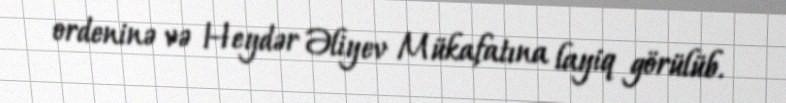
ordeninə və Heydər Əliyev Mükafatına layiq görülüb.